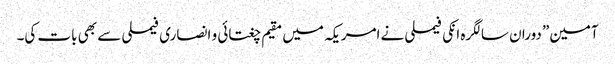
آمین” دوران سالگرہ انکی فیملی نے امریکہ میں مقیم چغتائی و انصاری فیملی سے بھی بات کی۔